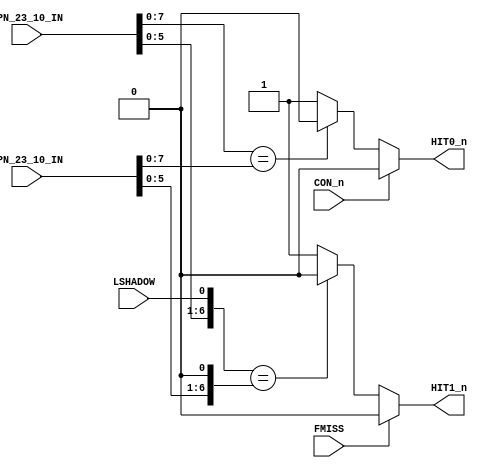
// This program was cloned from: https://github.com/RonnyA/nd-120
// License: MIT License

/**************************************************************************
** ND120 CPU, MM&M                                                       **
** CPU/MMU/HIT                                                           **
** HIT DETECTOR                                                          **
** SHEET 27 of 50                                                        **
**                                                                       ** 
** Last reviewed: 21-APRIL-2024                                          **
** Ronny Hansen                                                          **
***************************************************************************/


module CPU_MMU_HIT_27( 
                       input [13:0] PPN_23_10_IN,
                       input [13:0] CPN_23_10_IN,                                                                     
                       input        LSHADOW,
                       input        FMISS,
                       input        CON_n,

                       output wire HIT0_n,
                       output wire HIT1_n
                     );


// Register to store the calculated HIT value
reg HIT0n_reg;
reg HIT1n_reg;


// Temporary signals for comparison
reg [7:0] PPN_HI;
reg [7:0] CPN_HI;


// HIT0 is false if PPN_23_10[7:0] == CPN_23_10[7:0]
always @(*) begin
   HIT0n_reg = (PPN_23_10_IN[7:0] == CPN_23_10_IN[7:0]) ? 1'b0 : 1'b1;
end


// HIT0 is true if PPN_23_10[5:0] != CPN_23_10[5:0] and LSHADOW is false
always @(*) begin
   // Construct PPN_HI
   PPN_HI[7:2] = PPN_23_10_IN[5:0];
   PPN_HI[1] = LSHADOW;
   PPN_HI[0] = 1'b0;
   
   // Construct CPN_HI
   CPN_HI[7:2] = CPN_23_10_IN[5:0];
   CPN_HI[1:0] = 2'b00; // Set both bits to 0

   HIT1n_reg = (PPN_HI == CPN_HI) ? 1'b0 : 1'b1;
end


assign HIT0_n = CON_n ? 1'b0 : HIT0n_reg;
assign HIT1_n = FMISS ? 1'b0 : HIT1n_reg;


endmodule